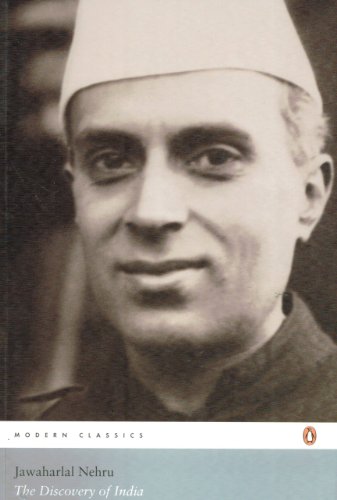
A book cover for The Discovery of India; Jawaharlal Nehru; History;